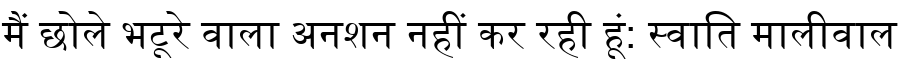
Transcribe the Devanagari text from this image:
मैं छोले भटूरे वाला अनशन नहीं कर रही हूं: स्वाति मालीवाल